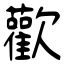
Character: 歡